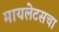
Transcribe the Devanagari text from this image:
मायलेटसचा